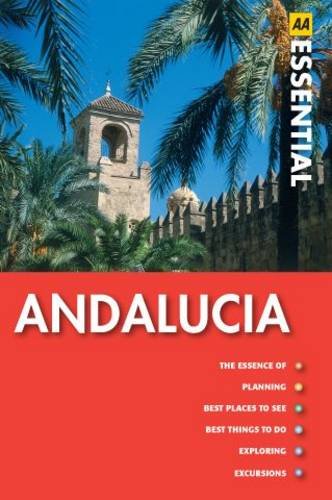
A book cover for Andalucia (AA Essential Guide); Hannigan; Travel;